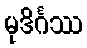
မုဒိင်္ဂဿ